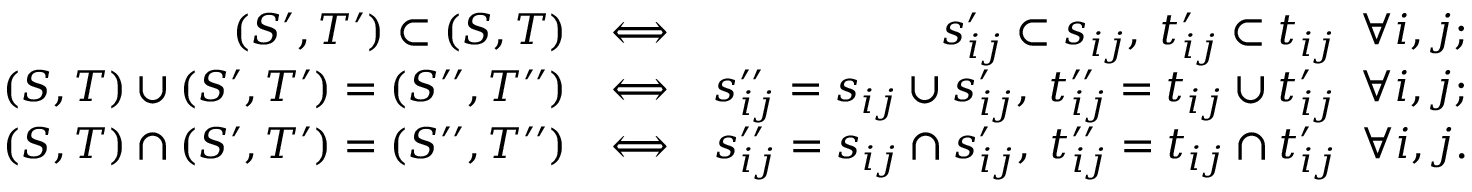
\begin{array} { r l r } { ( S ^ { \prime } , T ^ { \prime } ) \subset ( S , T ) } & { \Longleftrightarrow } & { s _ { i j } ^ { \prime } \subset s _ { i j } , \; t _ { i j } ^ { \prime } \subset t _ { i j } \; \; \forall i , j ; } \\ { ( S , T ) \cup ( S ^ { \prime } , T ^ { \prime } ) = ( S ^ { \prime \prime } , T ^ { \prime \prime } ) } & { \Longleftrightarrow } & { s _ { i j } ^ { \prime \prime } = s _ { i j } \cup s _ { i j } ^ { \prime } , \; t _ { i j } ^ { \prime \prime } = t _ { i j } \cup t _ { i j } ^ { \prime } \; \; \forall i , j ; } \\ { ( S , T ) \cap ( S ^ { \prime } , T ^ { \prime } ) = ( S ^ { \prime \prime } , T ^ { \prime \prime } ) } & { \Longleftrightarrow } & { s _ { i j } ^ { \prime \prime } = s _ { i j } \cap s _ { i j } ^ { \prime } , \; t _ { i j } ^ { \prime \prime } = t _ { i j } \cap t _ { i j } ^ { \prime } \; \; \forall i , j . } \end{array}